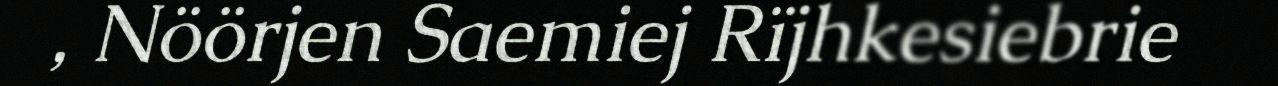
, Nöörjen Saemiej Rïjhkesiebrie